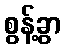
စွန့်ခွာ